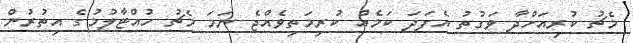
މެޗު ކުރިއަށްދާ ވަގުތު އެފަދަ ކަމެއް ކުރިމަތިވެއްޖެ ނަމަ މެޗު ހުއްޓާލުމުގެ އިތުރުން